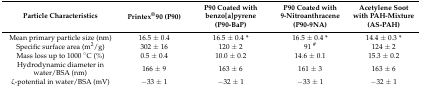
<table><thead><tr><td><b>Particle Characteristics</b></td><td><b>Printex<sup>®</sup>90 (P90)</b></td><td><b>P90 Coated with benzo[a]pyrene (P90-BaP)</b></td><td><b>P90 Coated with 9-Nitroanthracene (P90-9NA)</b></td><td><b>Acetylene Soot with PAH-Mixture (AS-PAH)</b></td></tr></thead><tbody><tr><td>Mean primary particle size (nm)</td><td>16.5 ± 0.4</td><td>16.5 ± 0.4 *</td><td>16.5 ± 0.4 *</td><td>14.4 ± 0.3 *</td></tr><tr><td>Specific surface area (m<sup>2</sup>/g)</td><td>302 ± 16</td><td>120 ± 2</td><td>91 <sup>#</sup></td><td>124 ± 2</td></tr><tr><td>Mass loss up to 1000 °C (%)</td><td>0.5 ± 0.4</td><td>10.0 ± 0.2</td><td>14.6 ± 0.1</td><td>15.3 ± 0.2</td></tr><tr><td>Hydrodynamic diameter in water/BSA (nm)</td><td>166 ± 9</td><td>163 ± 6</td><td>161 ± 3</td><td>163 ± 6</td></tr><tr><td>ζ-potential in water/BSA (mV)</td><td>−33 ± 1</td><td>−32 ± 1</td><td>−33 ± 1</td><td>−32 ± 1</td></tr></tbody></table>